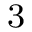
^ \mathrm { 3 }